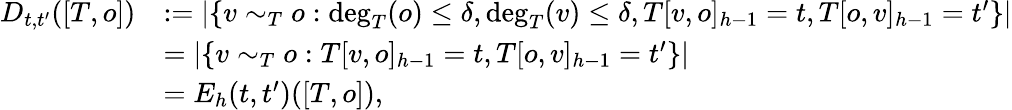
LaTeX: \begin{array}{rl}{D_{t,t^{\prime}}([T,o])}&{:=|\{ v\sim_{T}o:\deg_{T}(o)\leq\delta,\deg_{T}(v)\leq\delta,T[v,o]_{h-1}=t,T[o,v]_{h-1}=t^{\prime}\} |}\\ &{=|\{ v\sim_{T}o:T[v,o]_{h-1}=t,T[o,v]_{h-1}=t^{\prime}\} |}\\ &{=E_{h}(t,t^{\prime})([T,o]),}\end{array}